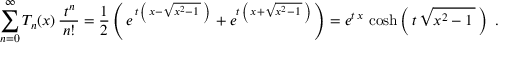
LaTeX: \sum _ { n = 0 } ^ { \infty } T _ { n } ( x ) \, { \frac { \; t ^ { n } \, } { n ! } } = { \frac { 1 } { 2 } } \left( \, e ^ { \, t \, \left( \, x - { \sqrt { x ^ { 2 } - 1 \, } } \, \right) \, } + e ^ { t \, \left( \, x + { \sqrt { x ^ { 2 } - 1 \, } } \, \right) } \, \right) = e ^ { t \, x } \, \cosh \left( \, t \, { \sqrt { x ^ { 2 } - 1 \, } } \, \right) ~ .